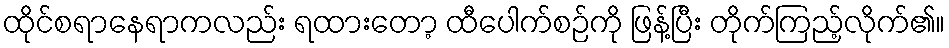
ထိုင်စရာနေရာကလည်း ရထားတော့ ထီပေါက်စဉ်ကို ဖြန့်ပြီး တိုက်ကြည့်လိုက်၏။